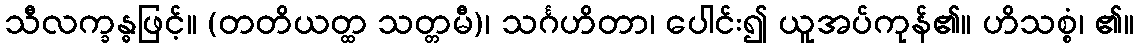
သီလက္ခန္ဓဖြင့်။ (တတိယတ္ထ သတ္တမီ)၊ သင်္ဂဟိတာ၊ ပေါင်း၍ ယူအပ်ကုန်၏။ ဟိသစ္စံ၊ ၏။